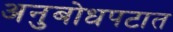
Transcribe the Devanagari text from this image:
अनुबोधपटात